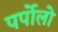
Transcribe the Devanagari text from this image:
पर्पोलो